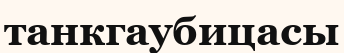
танкгаубицасы